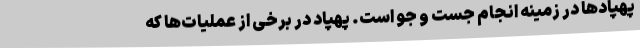
پهپادها در زمینه انجام جست و جو است. پهپاد در برخی از عملیات‌ها که